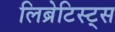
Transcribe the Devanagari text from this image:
लिब्रेटिस्ट्स